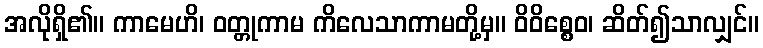
အလိုရှိ၏။ ကာမေဟိ၊ ဝတ္တုကာမ ကိလေသာကာမတို့မှ။ ဝိဝိစ္စေဝ၊ ဆိတ်၍သာလျှင်။